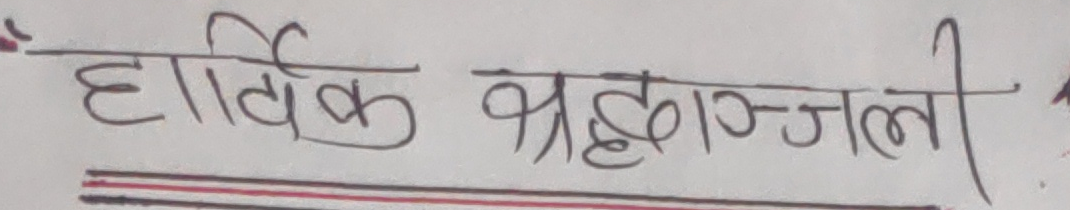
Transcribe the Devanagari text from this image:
हार्दिक श्रद्धाञ्जली